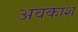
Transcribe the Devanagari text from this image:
अवकाश्‍ा